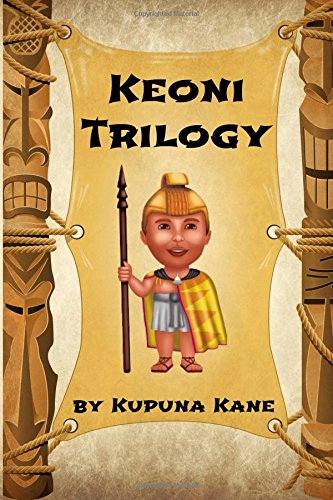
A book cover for Keoni: The Trilogy (Keoni the Menehune) (Volume 4); Kupuna Kane; Parenting & Relationships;